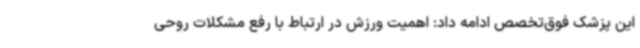
این پزشک فوق‌تخصص ادامه داد: اهمیت ورزش در ارتباط با رفع مشکلات روحی